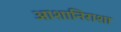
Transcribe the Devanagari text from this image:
आशानिराशा